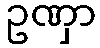
ဥဏှာ